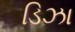
ડિઝા